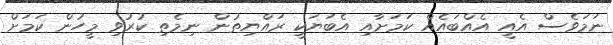
ނަމަވެސް އެއީ އެއްބައެއް ކަމަށާއި އެބަޔަކީ ރައްޔިތުން ނިމެތި ކުރުވި މީހުން ކަމަށް